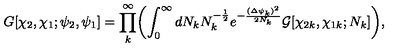
G [ \chi _ { 2 } , \chi _ { 1 } ; \psi _ { 2 } , \psi _ { 1 } ] = \prod _ { k } ^ { \infty } \biggl ( \int _ { 0 } ^ { \infty } d N _ { k } N _ { k } ^ { - { \frac { 1 } { 2 } } } e ^ { - { \frac { { ( \Delta \psi _ { k } ) } ^ { 2 } } { 2 N _ { k } } } } { \cal G } [ \chi _ { 2 k } , \chi _ { 1 k } ; N _ { k } ] \biggr ) ,